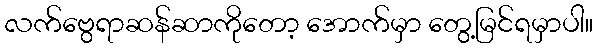
လက်ဗွေရာဆန်ဆာကိုတော့ အောက်မှာ တွေ့မြင်ရမှာပါ။